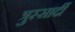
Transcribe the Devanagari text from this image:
त्रुस्सार्दी